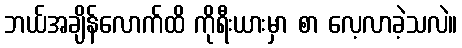
ဘယ်အချိန်လောက်ထိ ကိုရီးယားမှာ စာ လေ့လာခဲ့သလဲ။